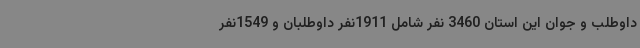
داوطلب و جوان این استان 3460 نفر شامل 1911نفر داوطلبان و 1549نفر